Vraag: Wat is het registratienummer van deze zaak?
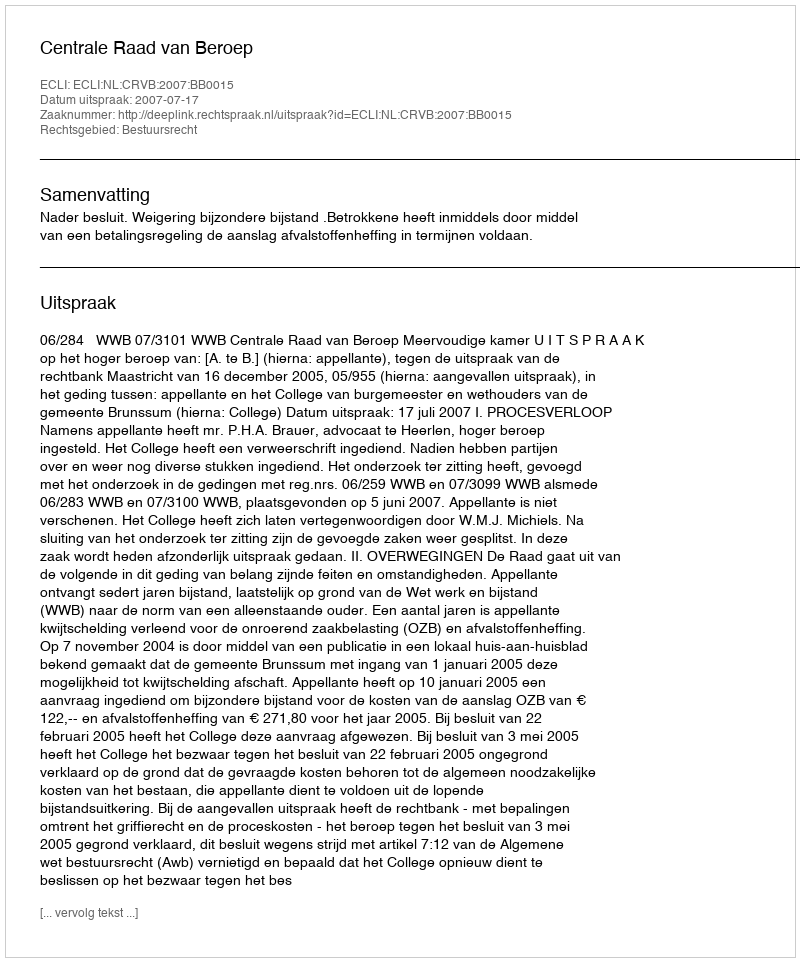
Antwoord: http://deeplink.rechtspraak.nl/uitspraak?id=ECLI:NL:CRVB:2007:BB0015